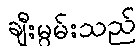
ချီးမွမ်းသည်